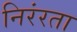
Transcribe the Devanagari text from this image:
निरंरता